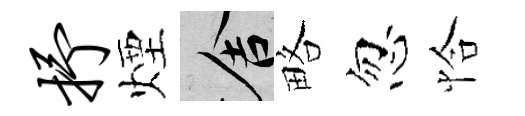
抒煙舍略忽恰